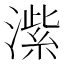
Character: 𬈶